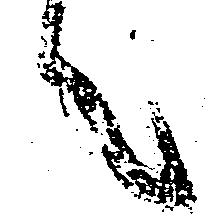
言